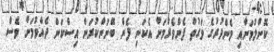
ކޮށްލުމަށާއި މެންދުރުގެ ވަގުތު ފެންވެރުމަށް އެކަނި ފެން ބޭނުންކުރަން އިސްކަން ދެއްވުމަށް ވެސް